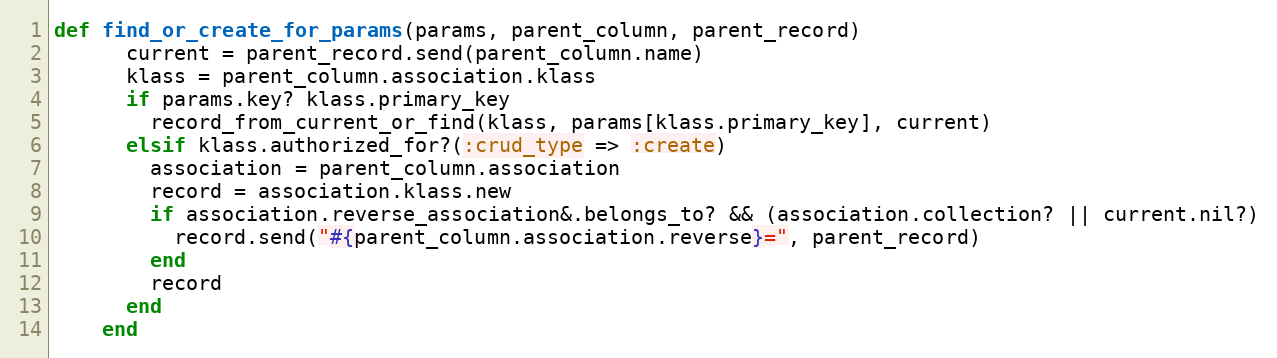
Language: Ruby
def find_or_create_for_params(params, parent_column, parent_record)
      current = parent_record.send(parent_column.name)
      klass = parent_column.association.klass
      if params.key? klass.primary_key
        record_from_current_or_find(klass, params[klass.primary_key], current)
      elsif klass.authorized_for?(:crud_type => :create)
        association = parent_column.association
        record = association.klass.new
        if association.reverse_association&.belongs_to? && (association.collection? || current.nil?)
          record.send("#{parent_column.association.reverse}=", parent_record)
        end
        record
      end
    end